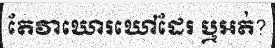
តែវាឃោរឃៅដែរ ឬអត់?